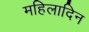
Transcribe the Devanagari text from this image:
महिलादिन